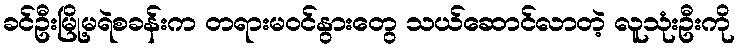
ခင်ဦးမြို့မရဲစခန်းက တရားမဝင်နွားတွေ သယ်ဆောင်လာတဲ့ လူသုံးဦးကို